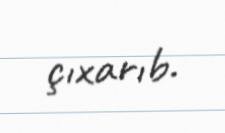
çıxarıb.